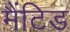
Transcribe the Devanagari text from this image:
मैंटिड